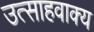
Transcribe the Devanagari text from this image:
उत्साहवाक्य